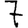
Digit: 7